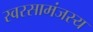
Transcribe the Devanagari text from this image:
स्वरसामंजस्य